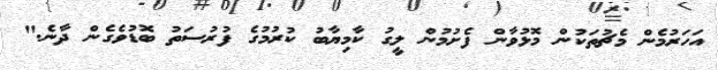
އަހަރުމެން މެޗުތަކުން މޮޅުވާން ފެށުމުން ލީގު ކާމިޔާބު ކުރުމުގެ ފުރުސަތު ބޮޑުވެގެން ދާނެ."